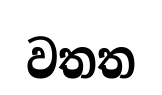
වතත